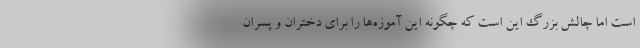
است اما چالش بزرگ این است که چگونه این آموزه‌ها را برای دختران و پسران